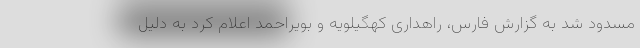
مسدود شد به گزارش فارس، راهداری کهگیلویه و بویراحمد اعلام کرد به دلیل